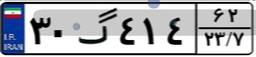
۳۰گ۴۱۴۶۲